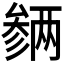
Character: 𪠡